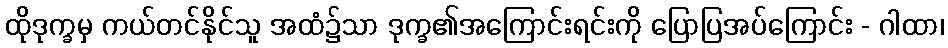
ထိုဒုက္ခမှ ကယ်တင်နိုင်သူ အထံ၌သာ ဒုက္ခ၏အကြောင်းရင်းကို ပြောပြအပ်ကြောင်း - ဂါထာ၊